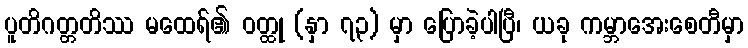
ပူတိဂတ္တတိဿ မထေရ်၏ ဝတ္ထု (နှာ ၇၃) မှာ ပြောခဲ့ပါပြီ၊ ယခု ကမ္ဘာအေးစေတီမှာ